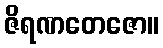
ဇိရဏတေဇော။